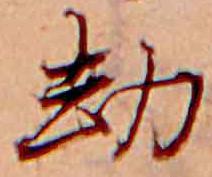
却